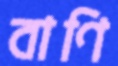
বাণি